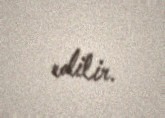
edilir.